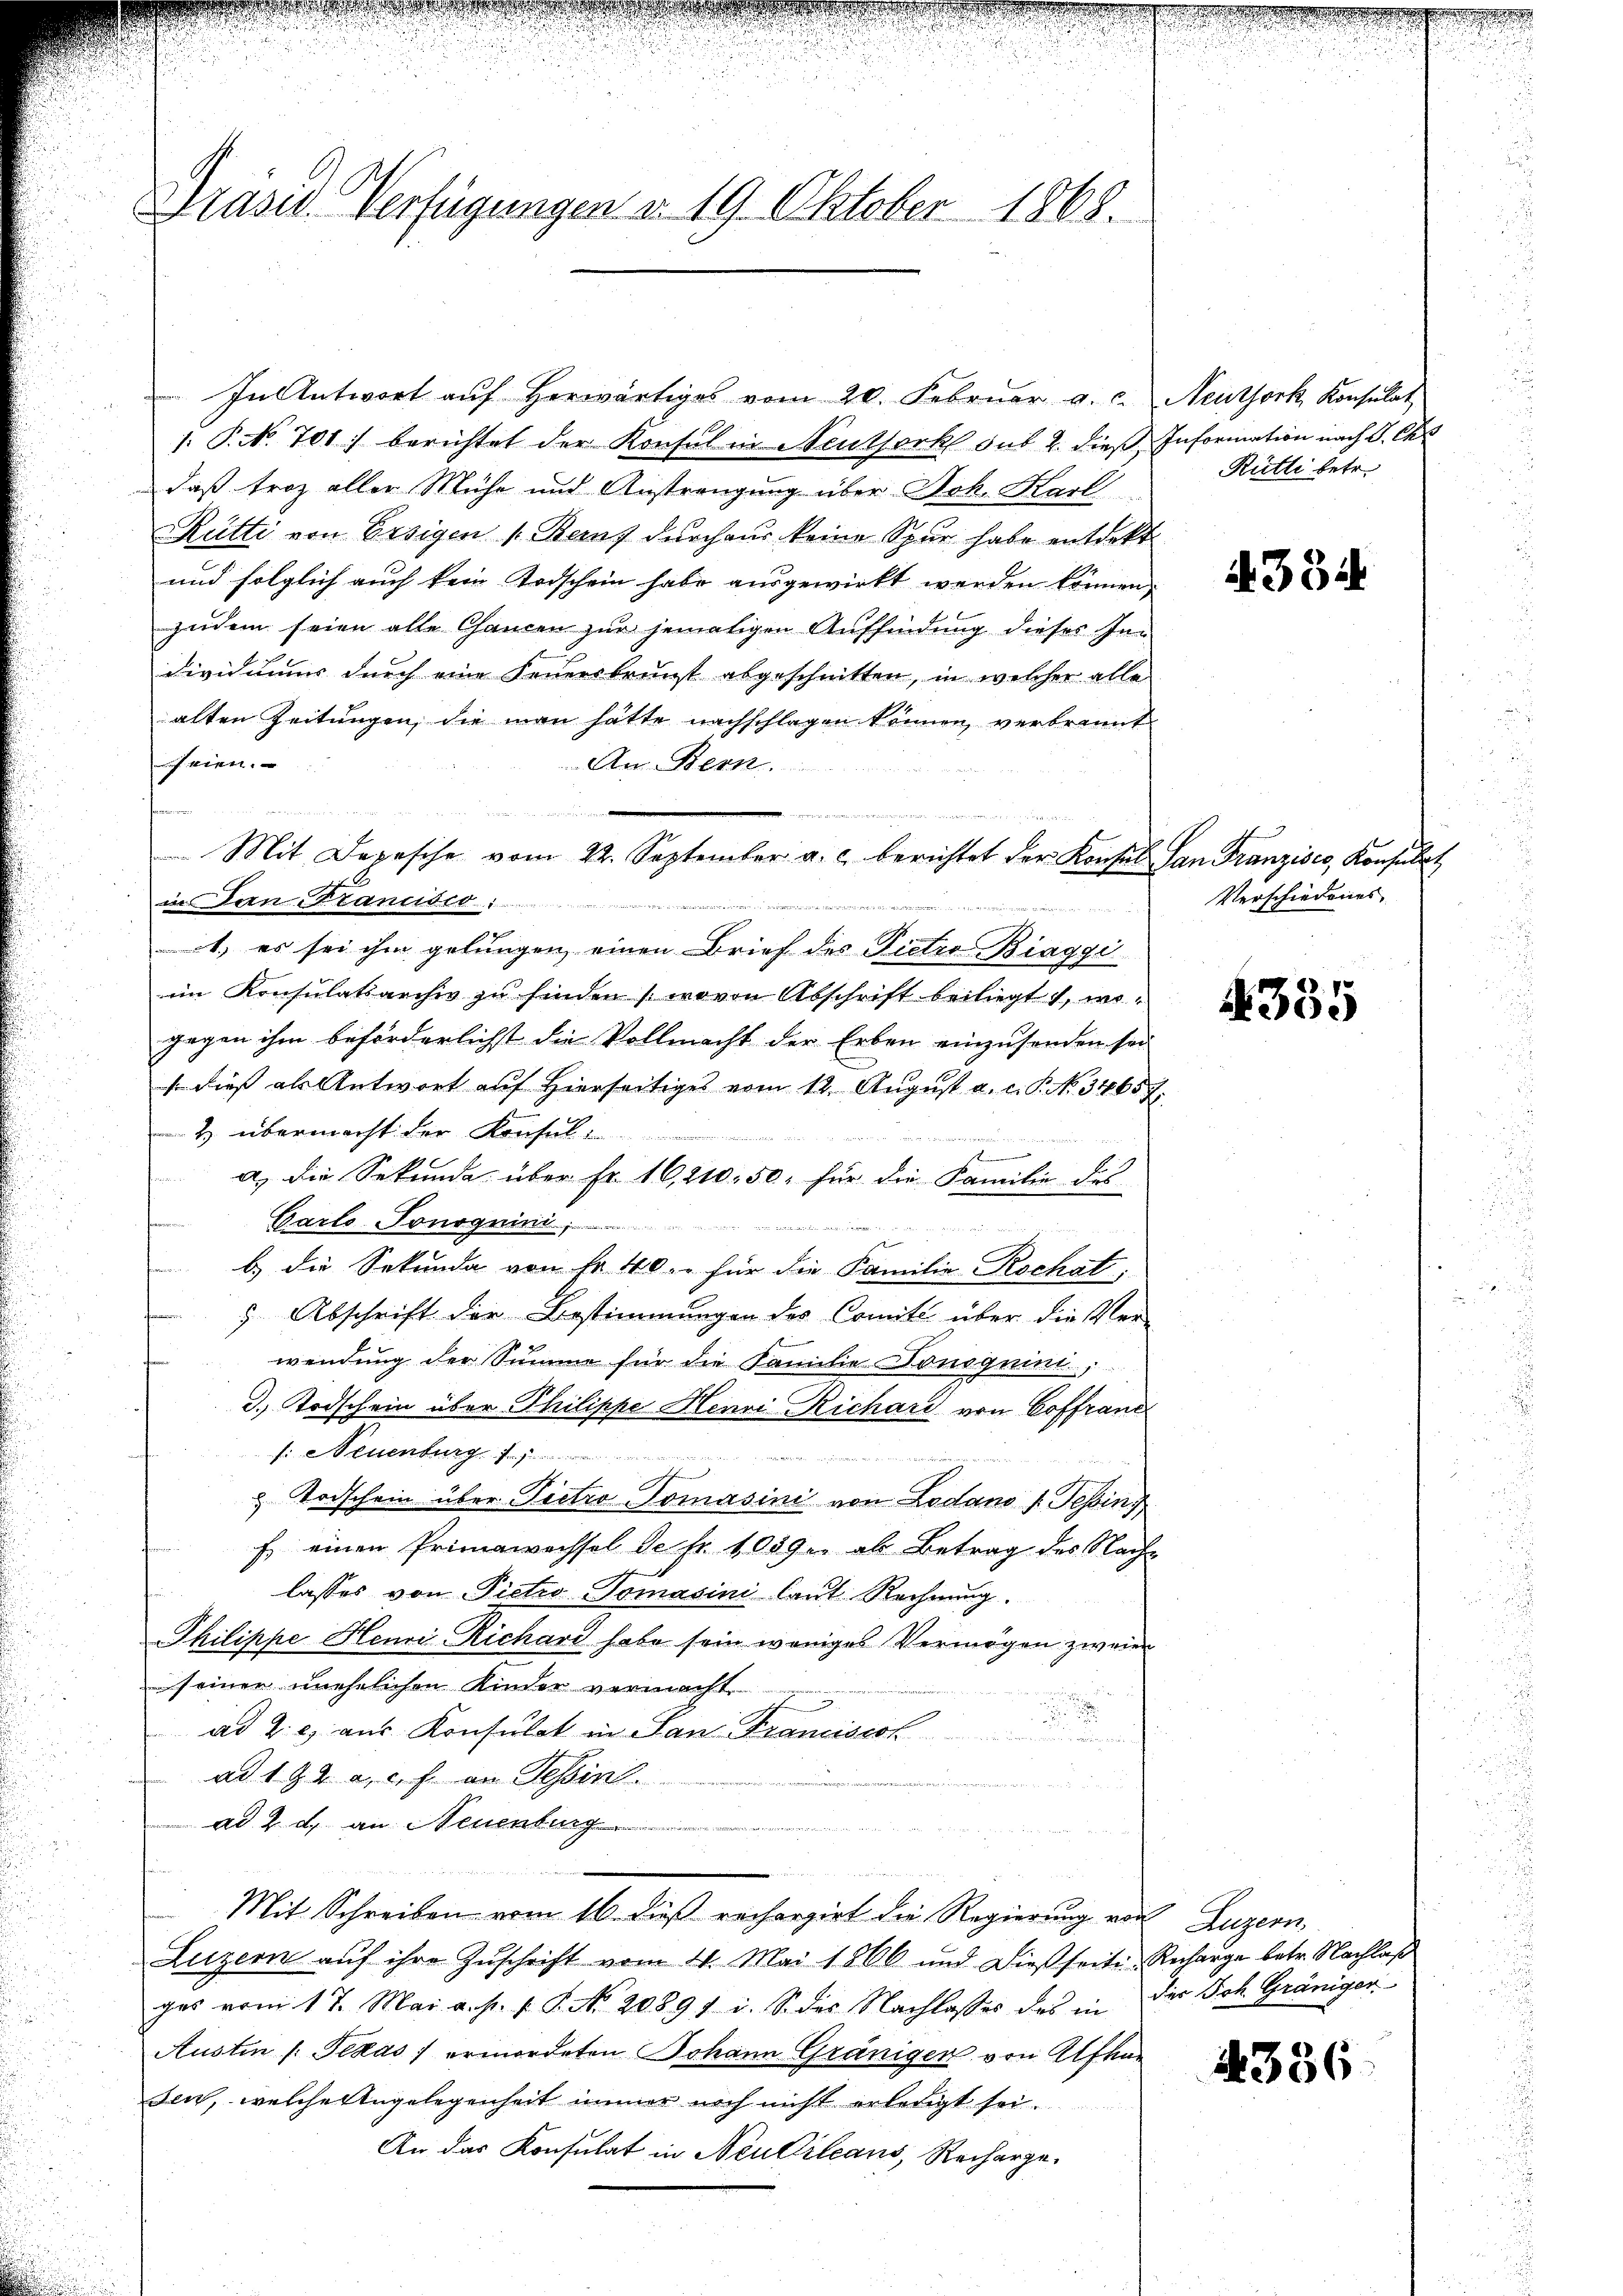
Präsid. Verfügungen d. 19. Oktober 1868.

In Antwort auf herwärtiges vom 20. Februar a. c.
J. P. No. 701.) berichtet der Konsul in Neuthorkl sub 2. dieß
daß troz aller Mühe und Anstrengung über Joh. Karl
Rütti von Ersigen v. Bauf durchaus keine Spur habe entdekt
und folglich auch kein Todschein habe ausgewirkt werden können,
zudem seien alte Chancen zur jematigen Auffindung dieses Inn
Dividuums durch eine Feuersbrunst abgeschnitten, in welcher alle
alten Zeitungen, die man hätte nachschlagen können, verbrannt
heien.
An Bern.
i
in dan Francisco

1., es sei ihm gelungen, einen Brief des Pietro Biaggi
im Konsulatsarchiv zu finden (wovon Abschrift beiliegt 1, wogegen ihm beförderlichst die Vollmacht der Erben einzusenden sei
so dies als Antwort auf Hierseitiges vom 12. August a. c. P. N. 3465
& übermacht der Konsul-

7
a. Die Sekunda über Fr. 16,210. 50. für die Familie des
Carls-Tonoguini

b.) die Sekunda von Fr. 40.- für die Familie Rochat,
 Abschrift der Bestimmungen des Comité über die Ver-
wendung der Summe für die Familie Donoguini,
3. Todschein über Philippe Henri Richard von Coffranz
si. Neuenburg f
 wenn
e
 Todschein über Pietro Tomasini von Lodano u. Tessin,
E. einen Primawachsel de fr. 1089. ab Betrag des Nach¬
¬
lasses von Pietro-Tomasini laut Rechnung.
Philippe Henri Richard habe sein weniges Vermögen zweier
seiner unehelichen Kinder vermacht.
u
ad Z. e) aus Konsulat in San Franciscol
ad 192 a. c. f. an Tessin.
ad 2. d. an Neuenburg
Mit Schreiben vom 16. dieß rechargirt die Regierung von Luzern,
Luzern aŭf ihre Zŭschrift vom 4. Mai 1866 und dießseite Recharge betr. Nachlaß
ges vom 17. Mai a. p. v. P. No. 20891 i. S. des Nachlasses des in der Joh. Grüniger
Austin /: Texas) ermordeten Johann Gränigen von Alfhun
sen, welche Angelegenheit immer noch nicht erledigt sei.
An das Konsulat in Neulileans, Recharge-

Mit Depesche vom 22. September a. c. berichtet der Konsul

n

Neuthork, Konsulat
Information nach d. Chr
Rütli betr.

f

4334

San Franzisco, Konsulat
Verschiedenes

.

4335

4336.